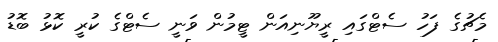
މެޗުގެ ފަހު ސެޓްގައި ރީޔޫނިއަން ޓީމުން ވަނީ ސެޓްގެ ކުރީ ކޮޅު ބޮޑު